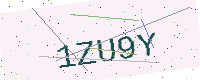
Text: 1ZU9Y